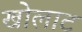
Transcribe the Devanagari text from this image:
खोलाट